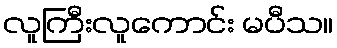
လူကြီးလူကောင်း မပီသ။